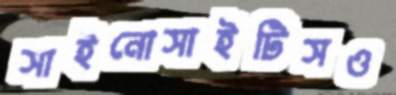
সাইনোসাইটিসও